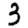
Digit: 3